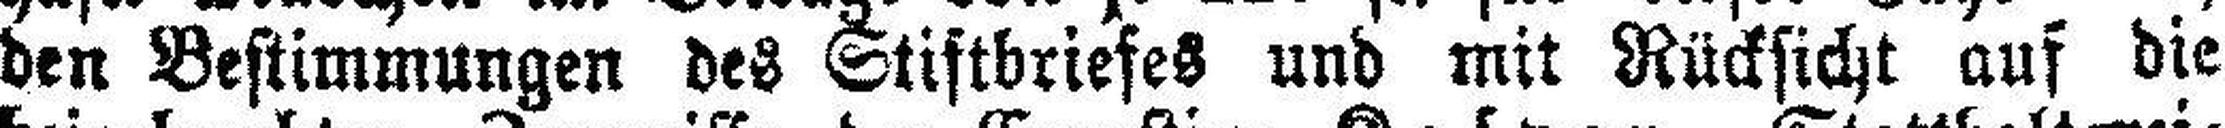
den Bestimmungen des Stiftbriefes und mit Rücksicht auf die